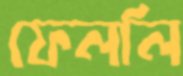
ফেললি